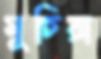
মুচিয়া